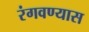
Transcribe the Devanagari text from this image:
रंगवण्यास